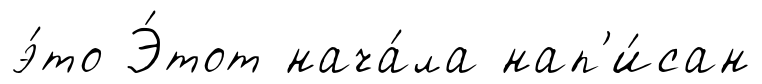
э́то Э́тот нача́ла нап'и́сан